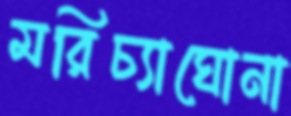
মরিচ্যাঘোনা